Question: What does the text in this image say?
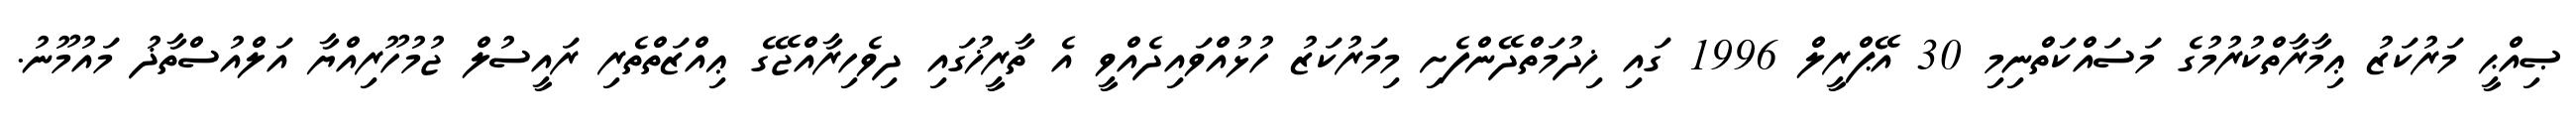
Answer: ޞިއްޙީ މަރުކަޒު ޢިމާރާތްކުރުމުގެ މަސައްކަތްނިމި 30 އޭޕްރީލް 1996 ގައި ޚިދުމަތްދޭންފެށި މިމަރުކަޒު ހުޅުއްވައިދެއްވީ އެ ތާރީޚުގައި ދިވެހިރާއްޖޭގެ ޢިއްޒަތްތެރި ރައީސުލް ޖުމުހޫރިއްޔާ އަލްއުސްތާޛު މައުމޫނު.